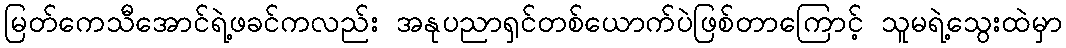
မြတ်ကေသီအောင်ရဲ့ဖခင်ကလည်း အနုပညာရှင်တစ်ယောက်ပဲဖြစ်တာကြောင့် သူမရဲ့သွေးထဲမှာ